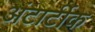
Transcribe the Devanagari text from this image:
अंटार्टीक